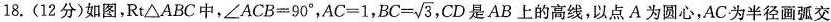
18. (12分)如图，Rt△ABC中，$$∠ A C B = 9 0 °$$，$$A C = 1$$， $$B C= \sqrt { 3 }$$， CD是AB上的高线，以点A为圆心，AC为半径画弧交